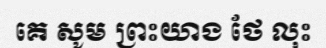
គេ សូម ព្រះយាង ថែ លុះ